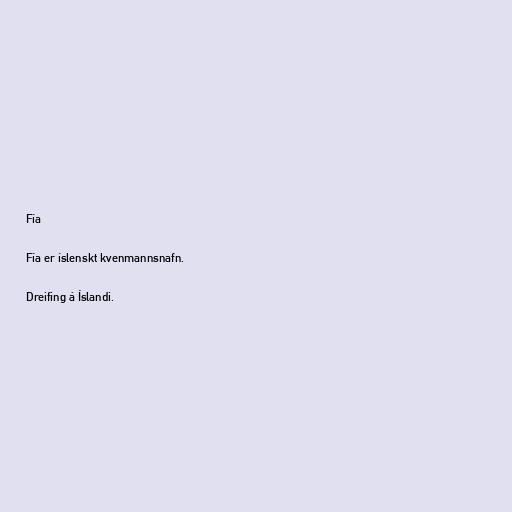
Fía

Fía er íslenskt kvenmannsnafn.

Dreifing á Íslandi.